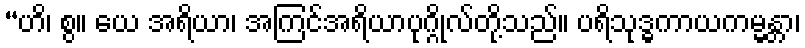
“ဟိ၊ စွ။ ယေ အရိယာ၊ အကြင်အရိယာပုဂ္ဂိုလ်တို့သည်။ ပရိသုဒ္ဓကာယကမ္မန္တာ၊